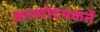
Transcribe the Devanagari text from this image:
काव्योदयकर्ते